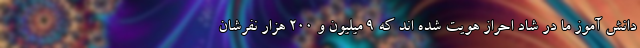
دانش آموز ما در شاد احراز هویت شده اند که ۹ میلیون و ۲۰۰ هزار نفرشان